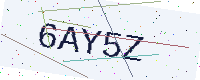
Text: 6AY5Z